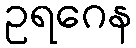
ဥရဂေန